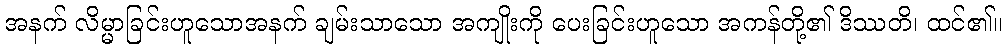
အနက် လိမ္မာခြင်းဟူသောအနက် ချမ်းသာသော အကျိုးကို ပေးခြင်းဟူသော အကန်တို့၏ ဒိဿတိ၊ ထင်၏။